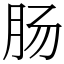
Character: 肠